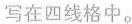
写在四线格中。